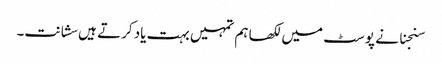
سنجنا نے پوسٹ میں لکھا ہم تمہیں بہت یاد کرتے ہیں سشانت۔